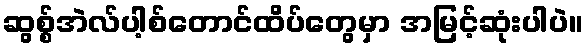
ဆွစ္စ်အဲလ်ပါ့စ်တောင်ထိပ်တွေမှာ အမြင့်ဆုံးပါပဲ။